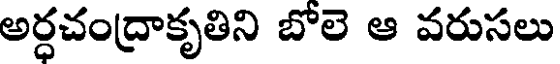
అర్ధచంద్రాకృతిని బోలె ఆ వరుసలు